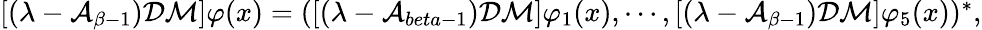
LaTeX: \begin{array}{r}{[(\lambda-\mathcal{A}_{\beta-1})\mathcal{D}\mathcal{M}]\varphi(x)=([(\lambda-\mathcal{A}_{beta-1})\mathcal{D}\mathcal{M}]\varphi_{1}(x),\cdots,[(\lambda-\mathcal{A}_{\beta-1})\mathcal{D}\mathcal{M}]\varphi_{5}(x))^{*},}\end{array}